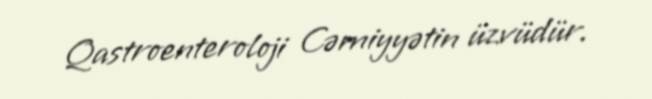
Qastroenteroloji Cəmiyyətin üzvüdür.